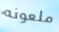
ملعونه